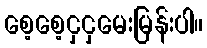
စေ့စေ့ငှငှမေးမြန်းပါ။